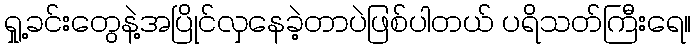
ရှု့ခင်းတွေနဲ့အပြိုင်လှနေခဲ့တာပဲဖြစ်ပါတယ် ပရိသတ်ကြီးရေ။